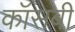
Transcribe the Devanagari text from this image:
कॉसबी